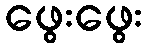
ဖွေးဖွေး